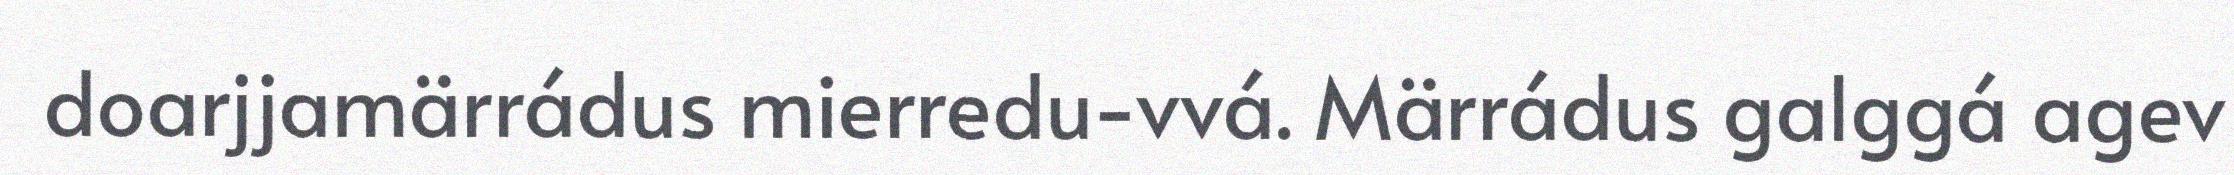
doarjjamärrádus mierredu-vvá. Märrádus galggá agev